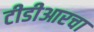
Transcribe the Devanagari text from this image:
टीडीआरचा